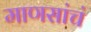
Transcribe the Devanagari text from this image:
माणसांचं